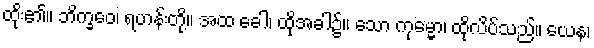
ထိုး၏။ ဘိက္ခဝေ၊ ရဟန်းတို့။ အထ ခေါ၊ ထိုအခါ၌။ သော ကုမ္မော၊ ထိုလိပ်သည်။ ယေန၊